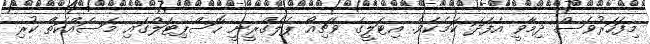
މިފަހަރުވެސް ދިމާވީ އެފަދަ ކަމެކެވެ. އިޓަލީގެ ވެޗިއޯ ޕެލެގްރީނީ ހޮސްޕިޓަލްގައި މަސައްކަތް ކުރި